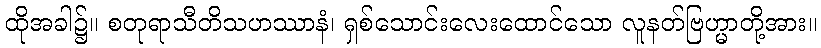
ထိုအခါ၌။ စတုရာသီတိသဟဿာနံ၊ ရှစ်သောင်းလေးထောင်သော လူနတ်ဗြဟ္မာတို့အား။